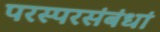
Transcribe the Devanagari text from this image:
परस्परसंबंधां